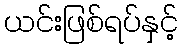
ယင်းဖြစ်ရပ်နှင့်